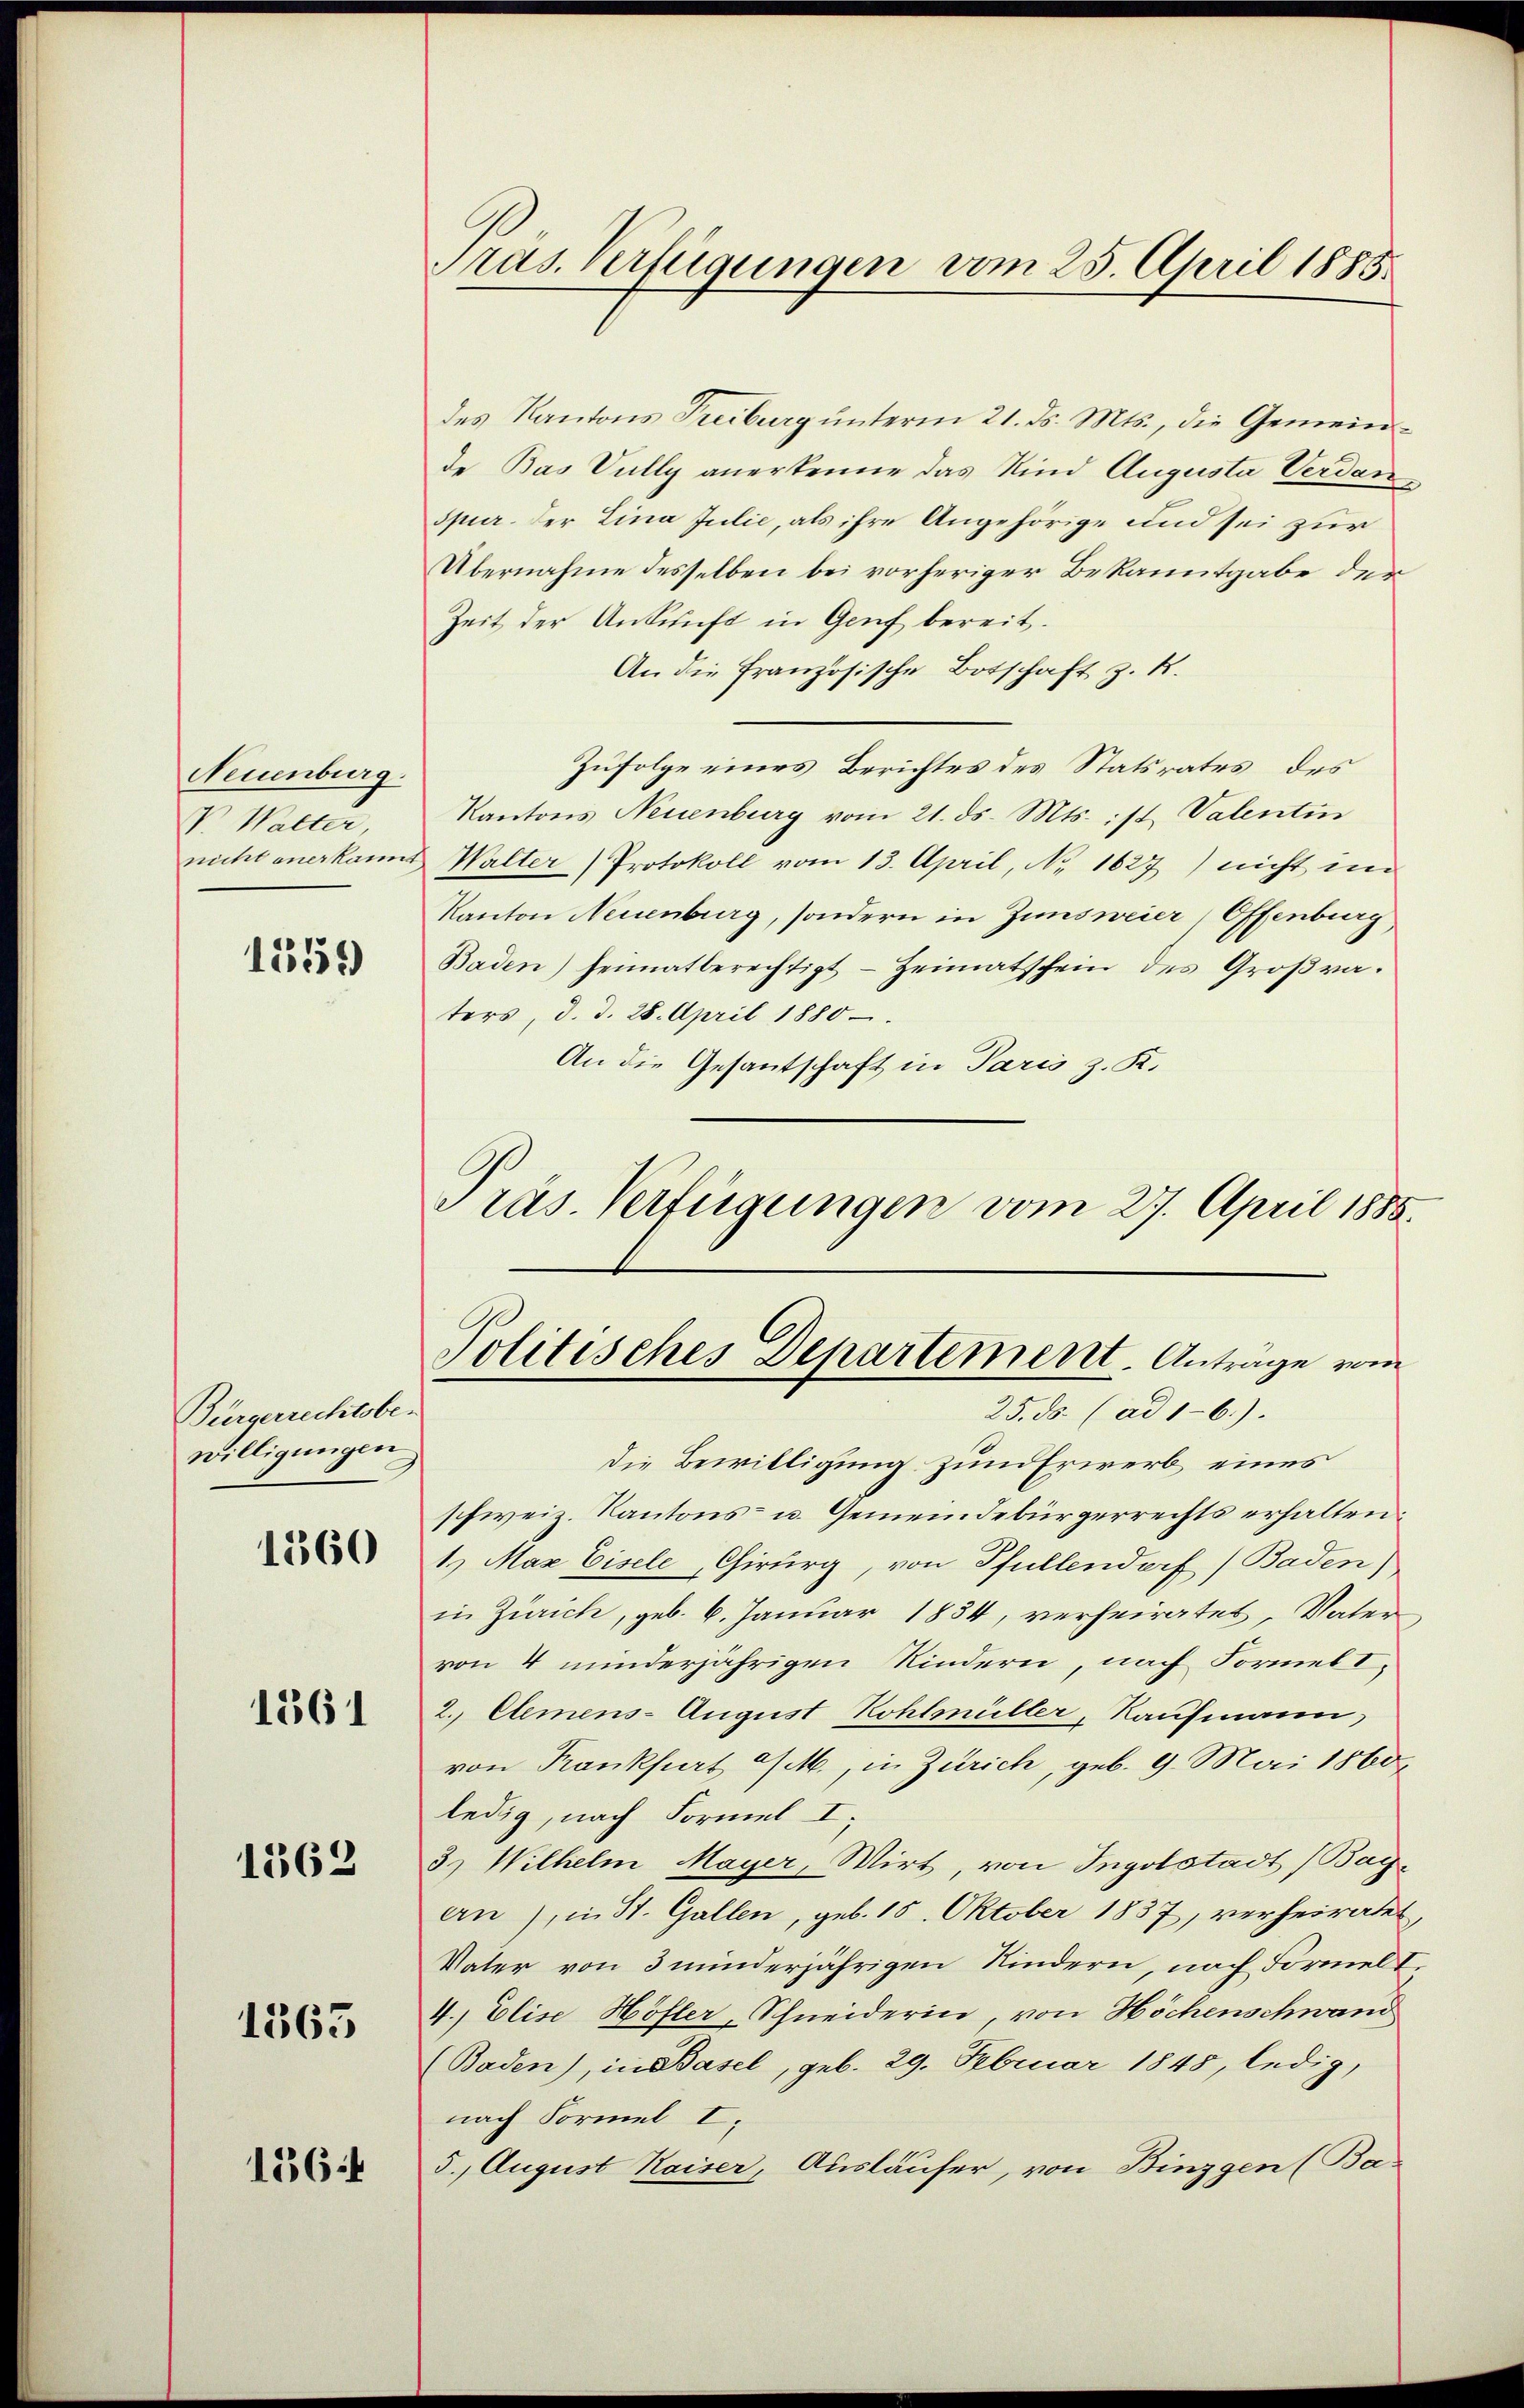
Neuenburg.
V. Walter,

1559

Bürgerrechtsbe-
willigungen

1360

1861

1563

1363

1364

des Kantons Treiburg ŭnterm 21. ds. Mts., die Gemein-
de Bas Vully anerkenne das Kind Auguste Verdanspur. Der Lina Julie, als ihre Angehörige und sei zur
Übernahme desselben bei vorheriger Bekanntgabe der
Zeit der Ankunft in Genf bereit.
An die Französische Botschaft z. R.
Zufolge eines Berichtes des Statsrates des
Kantons Neuenburg vom 21. ds. Mts. ist Valentin
nicht anerkannt Walter Protokoll vom 13. April, No 1627) nicht im
Kanton Neuenburg, sondern in Zinsweier, Offenburg,
Baden) heimatberechtigt Heimatschein des Groβra-
ters, d. d. 28. April 1880
An die Gesantschaft in Paris z. R.
Präs. Verfügungen vom 27. April 1888.

Präs. Verfügungen vom 25. April 1885.

Politisches Departement. Anträge vom
25. ds. (ad 1-6.).

die Bewilligung zum Erwerb eines
schweiz. Kantons- u. Gemeindebürgerrechts erhalten.
1) Max Eisele, Chirurg, von Pfullendorf (Baden)
in Zürich, geb. 6. Januar 1834, verheiratet, Vater
von 4 minderjährigen Kindern, nach Formelt¬
2. Elemens- August Kohlmüller, Kaufmann,
von Krankfurt a/M., in Zürich, geb. 9. Mai 1860
ledig, nach Formel I;
3.) Wilhelm Mayer, Wirt, von Ingolstadt (Bayen), in St. Gallen, geb. 15. Oktober 1837, verheiratet,
Vater von 3 minderjährigen Kindern, nach Formel I
4.) Elise Höfler Schneiderin, von Höchenschwand
(Baden), in Basel, geb. 29. Februar 1845, ledig,
nach Formel I.
5. August Kaiser, Ausläufer, von Binzgen (Ba-